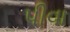
પીવા